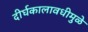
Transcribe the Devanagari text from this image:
दीर्घकालावधीमुळे